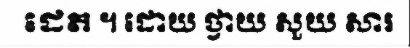
ដេត ។ ដោយ ថ្វាយ សួយ សារ